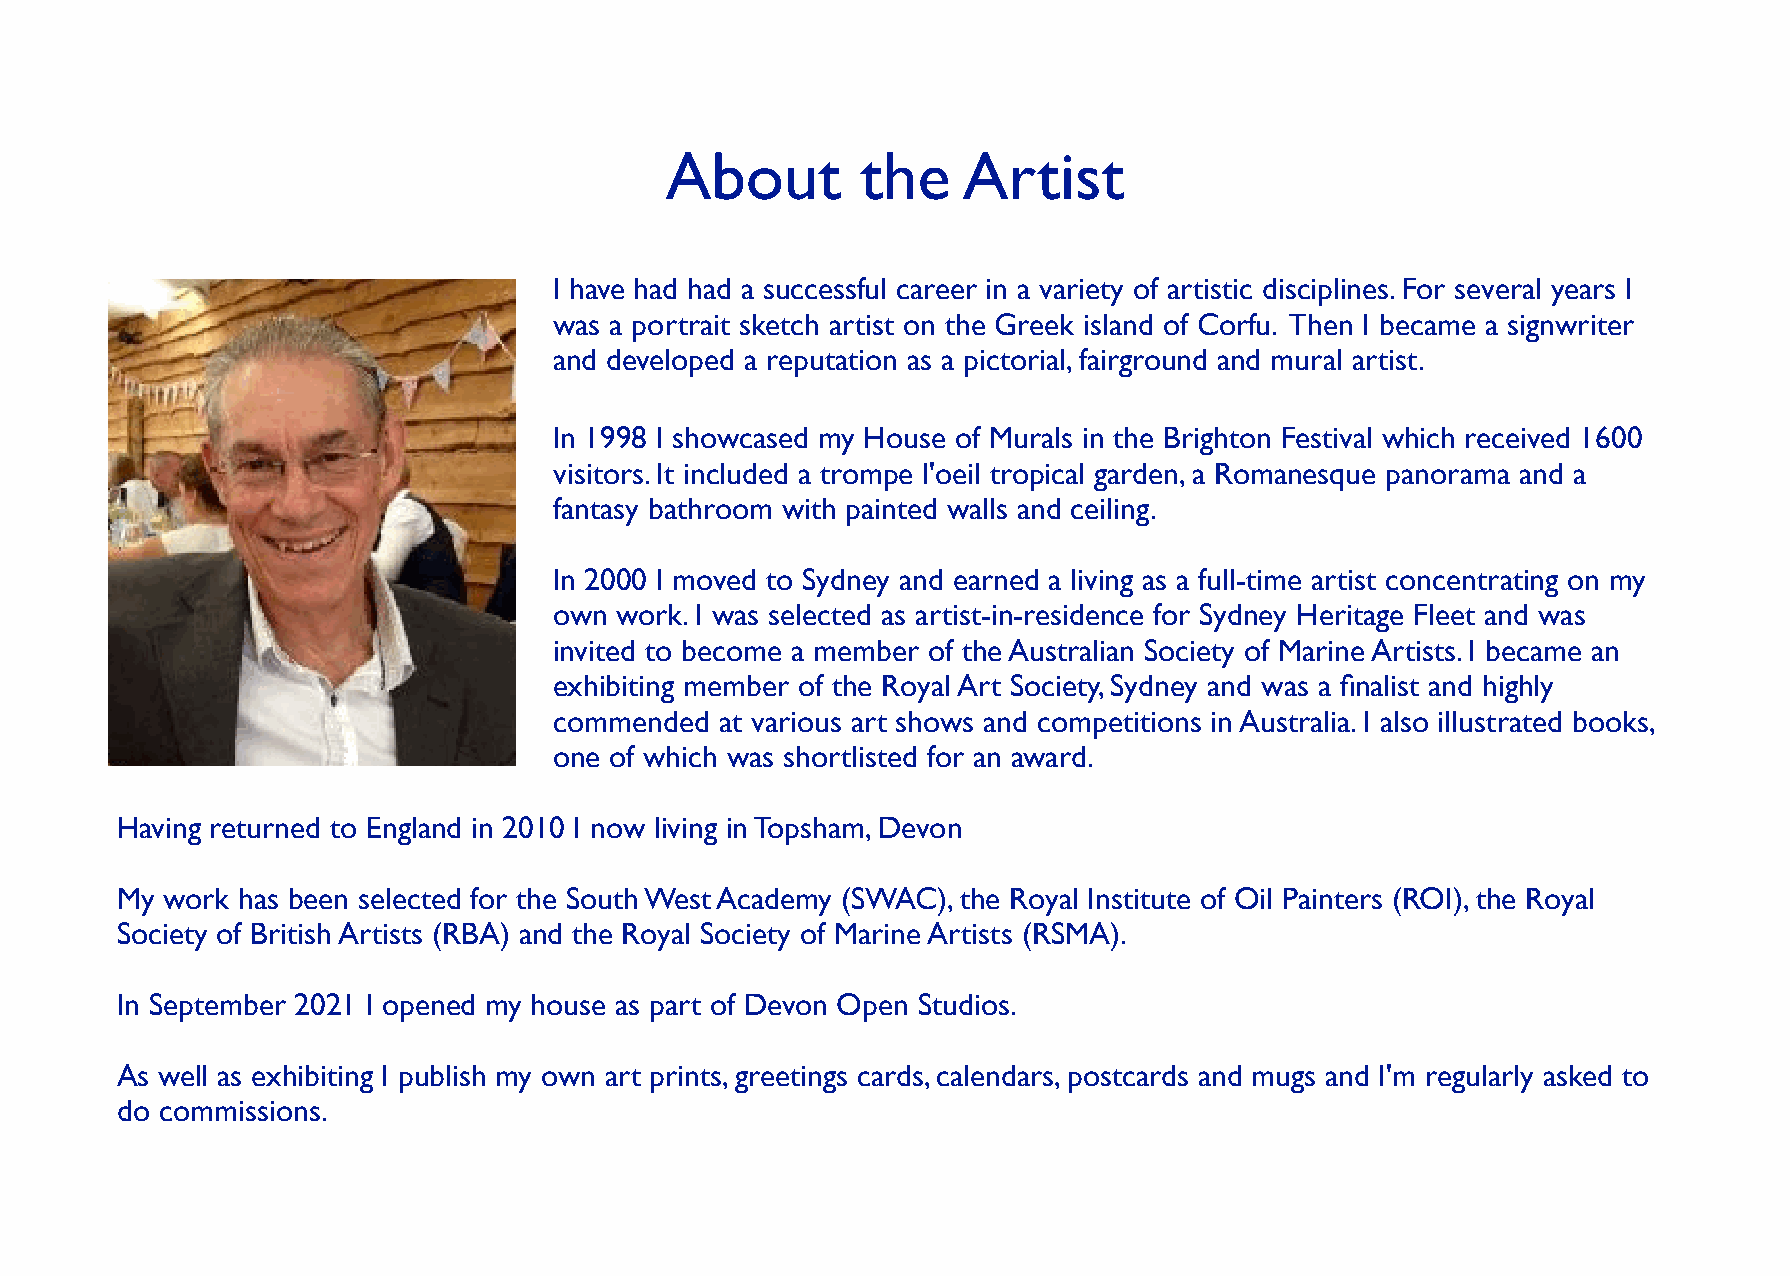
About        the    Artist
 I have had had a successful career in a variety of artistic disciplines. For several years I
 was a portrait sketch artist on the Greek island of Corfu. Then I became a signwriter
 and developed a reputation as a pictorial, fairground and mural artist.
 In 1998 I showcased my House of Murals in the Brighton Festival which received 1600
 visitors. It included a trompe l'oeil tropical garden, a Romanesque panorama and a
 fantasy bathroom with painted walls and ceiling.
 In 2000 I moved to Sydney and earned a living as a full-time artist concentrating on my
 own work. I was selected as artist-in-residence for Sydney Heritage Fleet and was
 invited to become a member of the Australian Society of Marine Artists. I became an
 exhibiting member of the Royal Art Society, Sydney and was a finalist and highly
 commended  at various art shows and competitions in Australia. I also illustrated books,
 one of which was shortlisted for an award.
 Having returned to England in 2010 I now living in Topsham, Devon
 My work has been selected for the South West Academy (SWAC), the Royal Institute of Oil Painters (ROI), the Royal
 Society of British Artists (RBA) and the Royal Society of Marine Artists (RSMA).
 In September 2021 I opened my house as part of Devon Open Studios.
 As well as exhibiting I publish my own art prints, greetings cards, calendars, postcards and mugs and I'm regularly asked to
 do commissions.